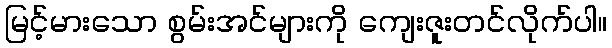
မြင့်မားသော စွမ်းအင်များကို ကျေးဇူးတင်လိုက်ပါ။